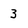
Character: 3